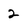
Character: 2